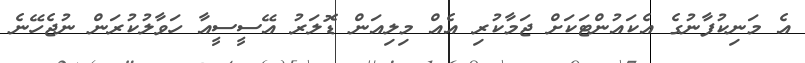
އެ މަނިކުފާނުގެ އެކައުންޓަކަށް ޖަމާކުރި އެއް މިލިއަން ޑޮލަރު އޭސީސީއާ ހަވާލުކުރަން ނުޖެހޭނެ